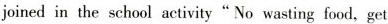
joinedin the school activity”No wasting food，get